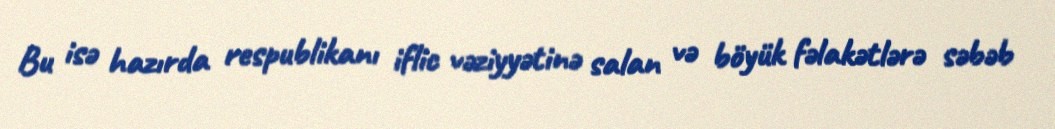
Bu isə hazırda respublikanı iflic vəziyyətinə salan və böyük fəlakətlərə səbəb